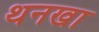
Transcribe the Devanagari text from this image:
थनखा